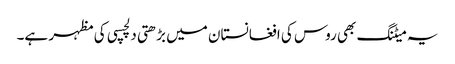
یہ میٹنگ بھی روس کی افغانستان میں بڑھتی دلچسپی کی مظہر ہے۔